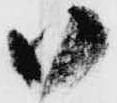
御